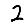
Digit: 2